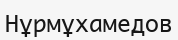
Нұрмұхамедов